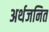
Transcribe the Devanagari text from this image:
अर्थजनित